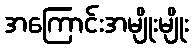
အကြောင်းအမျိုးမျိုး